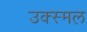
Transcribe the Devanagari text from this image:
उक्स्मल